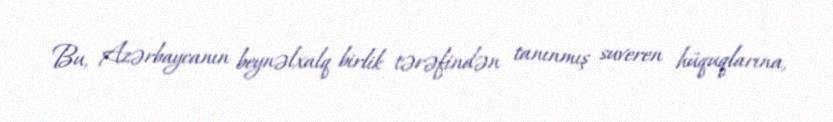
Bu, Azərbaycanın beynəlxalq birlik tərəfindən tanınmış suveren hüquqlarına,